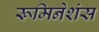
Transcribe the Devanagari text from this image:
रूमिनेशंस